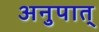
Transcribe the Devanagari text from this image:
अनुपात्